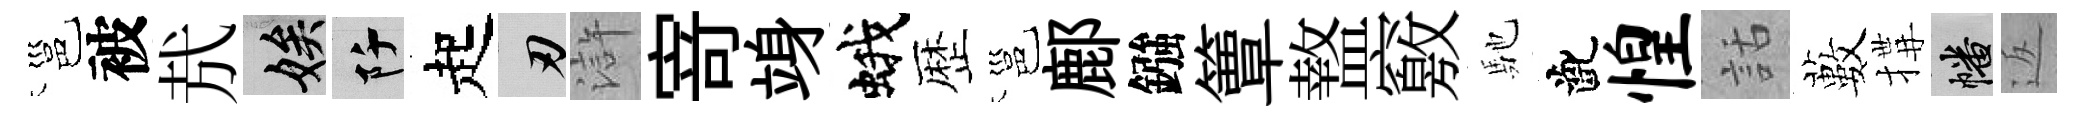
邕被㢤娭阡起刃滸𭔃竧蛾歴邕鄜鏹簟盩竅馳齔惶話藪搆幡返